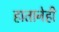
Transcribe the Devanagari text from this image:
हातानेही